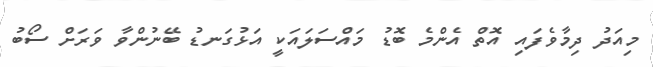
މިއަދު ދިމާވެފައި އޮތް އެންމެ ބޮޑު މައްސަލައަކީ އަޅުގަނޑު ބޭނުންވާ ވަރަށް ސޯބު